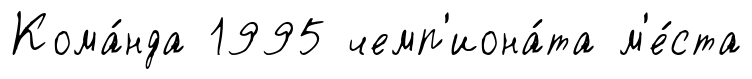
Кома́нда 1995 чемп'иона́та м'е́ста